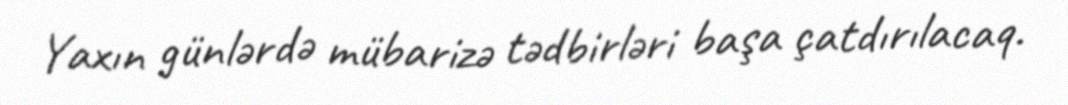
Yaxın günlərdə mübarizə tədbirləri başa çatdırılacaq.